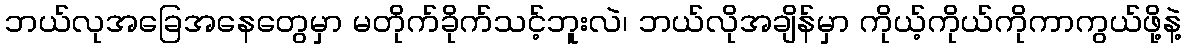
ဘယ်လုအခြေအနေတွေမှာ မတိုက်ခိုက်သင့်ဘူးလဲ၊ ဘယ်လိုအချိန်မှာ ကိုယ့်ကိုယ်ကိုကာကွယ်ဖို့နဲ့